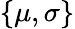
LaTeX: \{ \mu,\sigma\}